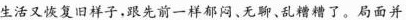
生活又恢复旧祥子，跟先前一样郁闷、无聊、乱糟糟了。局面并